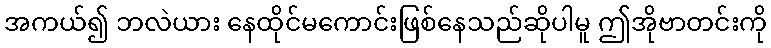
အကယ်၍ ဘလဲယား နေထိုင်မကောင်းဖြစ်နေသည်ဆိုပါမူ ဤအိုဗာတင်းကို